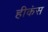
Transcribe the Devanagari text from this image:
हीकंस